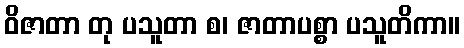
ဝိဇာတာ တု ပသူတာ စ၊ ဇာတာပစ္စာ ပသူတိကာ။